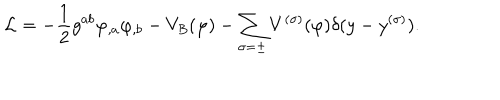
LaTeX: { \cal L } = - { \frac { 1 } { 2 } } g ^ { a b } \varphi _ { , a } \varphi _ { , b } - V _ { B } ( \varphi ) - \sum _ { \sigma = \pm } V ^ { ( \sigma ) } ( \varphi ) \delta ( y - y ^ { ( \sigma ) } ) .